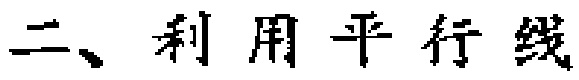
二、利用平行线